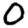
Digit: 0